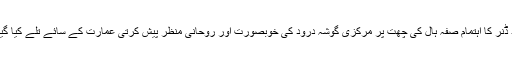
میلاد ڈنر کا اہتمام صفہ ہال کی چھت پر مرکزی گوشہ درود کی خوبصورت اور روحانی منظر پیش کرتی عمارت کے سائے تلے کیا گیا تھا۔